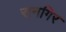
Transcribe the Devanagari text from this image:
रानगिर